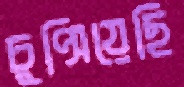
চুপ্‌সিয়েছি